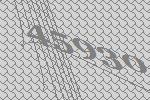
45930